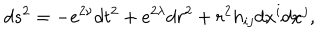
LaTeX: d s ^ { 2 } = - e ^ { 2 \nu } d t ^ { 2 } + e ^ { 2 \lambda } d r ^ { 2 } + r ^ { 2 } h _ { i j } d x ^ { i } d x ^ { j } ,